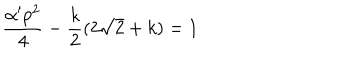
LaTeX: \frac { \alpha ^ { \prime } p ^ { 2 } } { 4 } - \frac { k } { 2 } ( 2 \sqrt { 2 } + k ) = 1